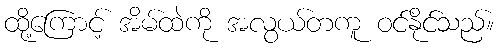
ထို့ကြောင့် အိမ်ထဲကို အလွယ်တကူ ဝင်နိုင်သည်။